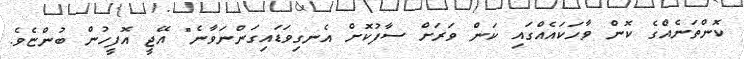
ކޮންތަނެއްގެ ކޮން ވާހަކައެއްގައި ކަން ވަރަށް ސާފުކޮށް އެނގިވަޑައިގަންނަވާނެ" އޭޖީ އޮފީހުން ބުންޏެވެ.